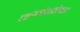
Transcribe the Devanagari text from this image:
ताऱ्यांपाठोपाठ